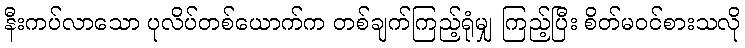
နီးကပ်လာသော ပုလိပ်တစ်ယောက်က တစ်ချက်ကြည့်ရုံမျှ ကြည့်ပြီး စိတ်မဝင်စားသလို